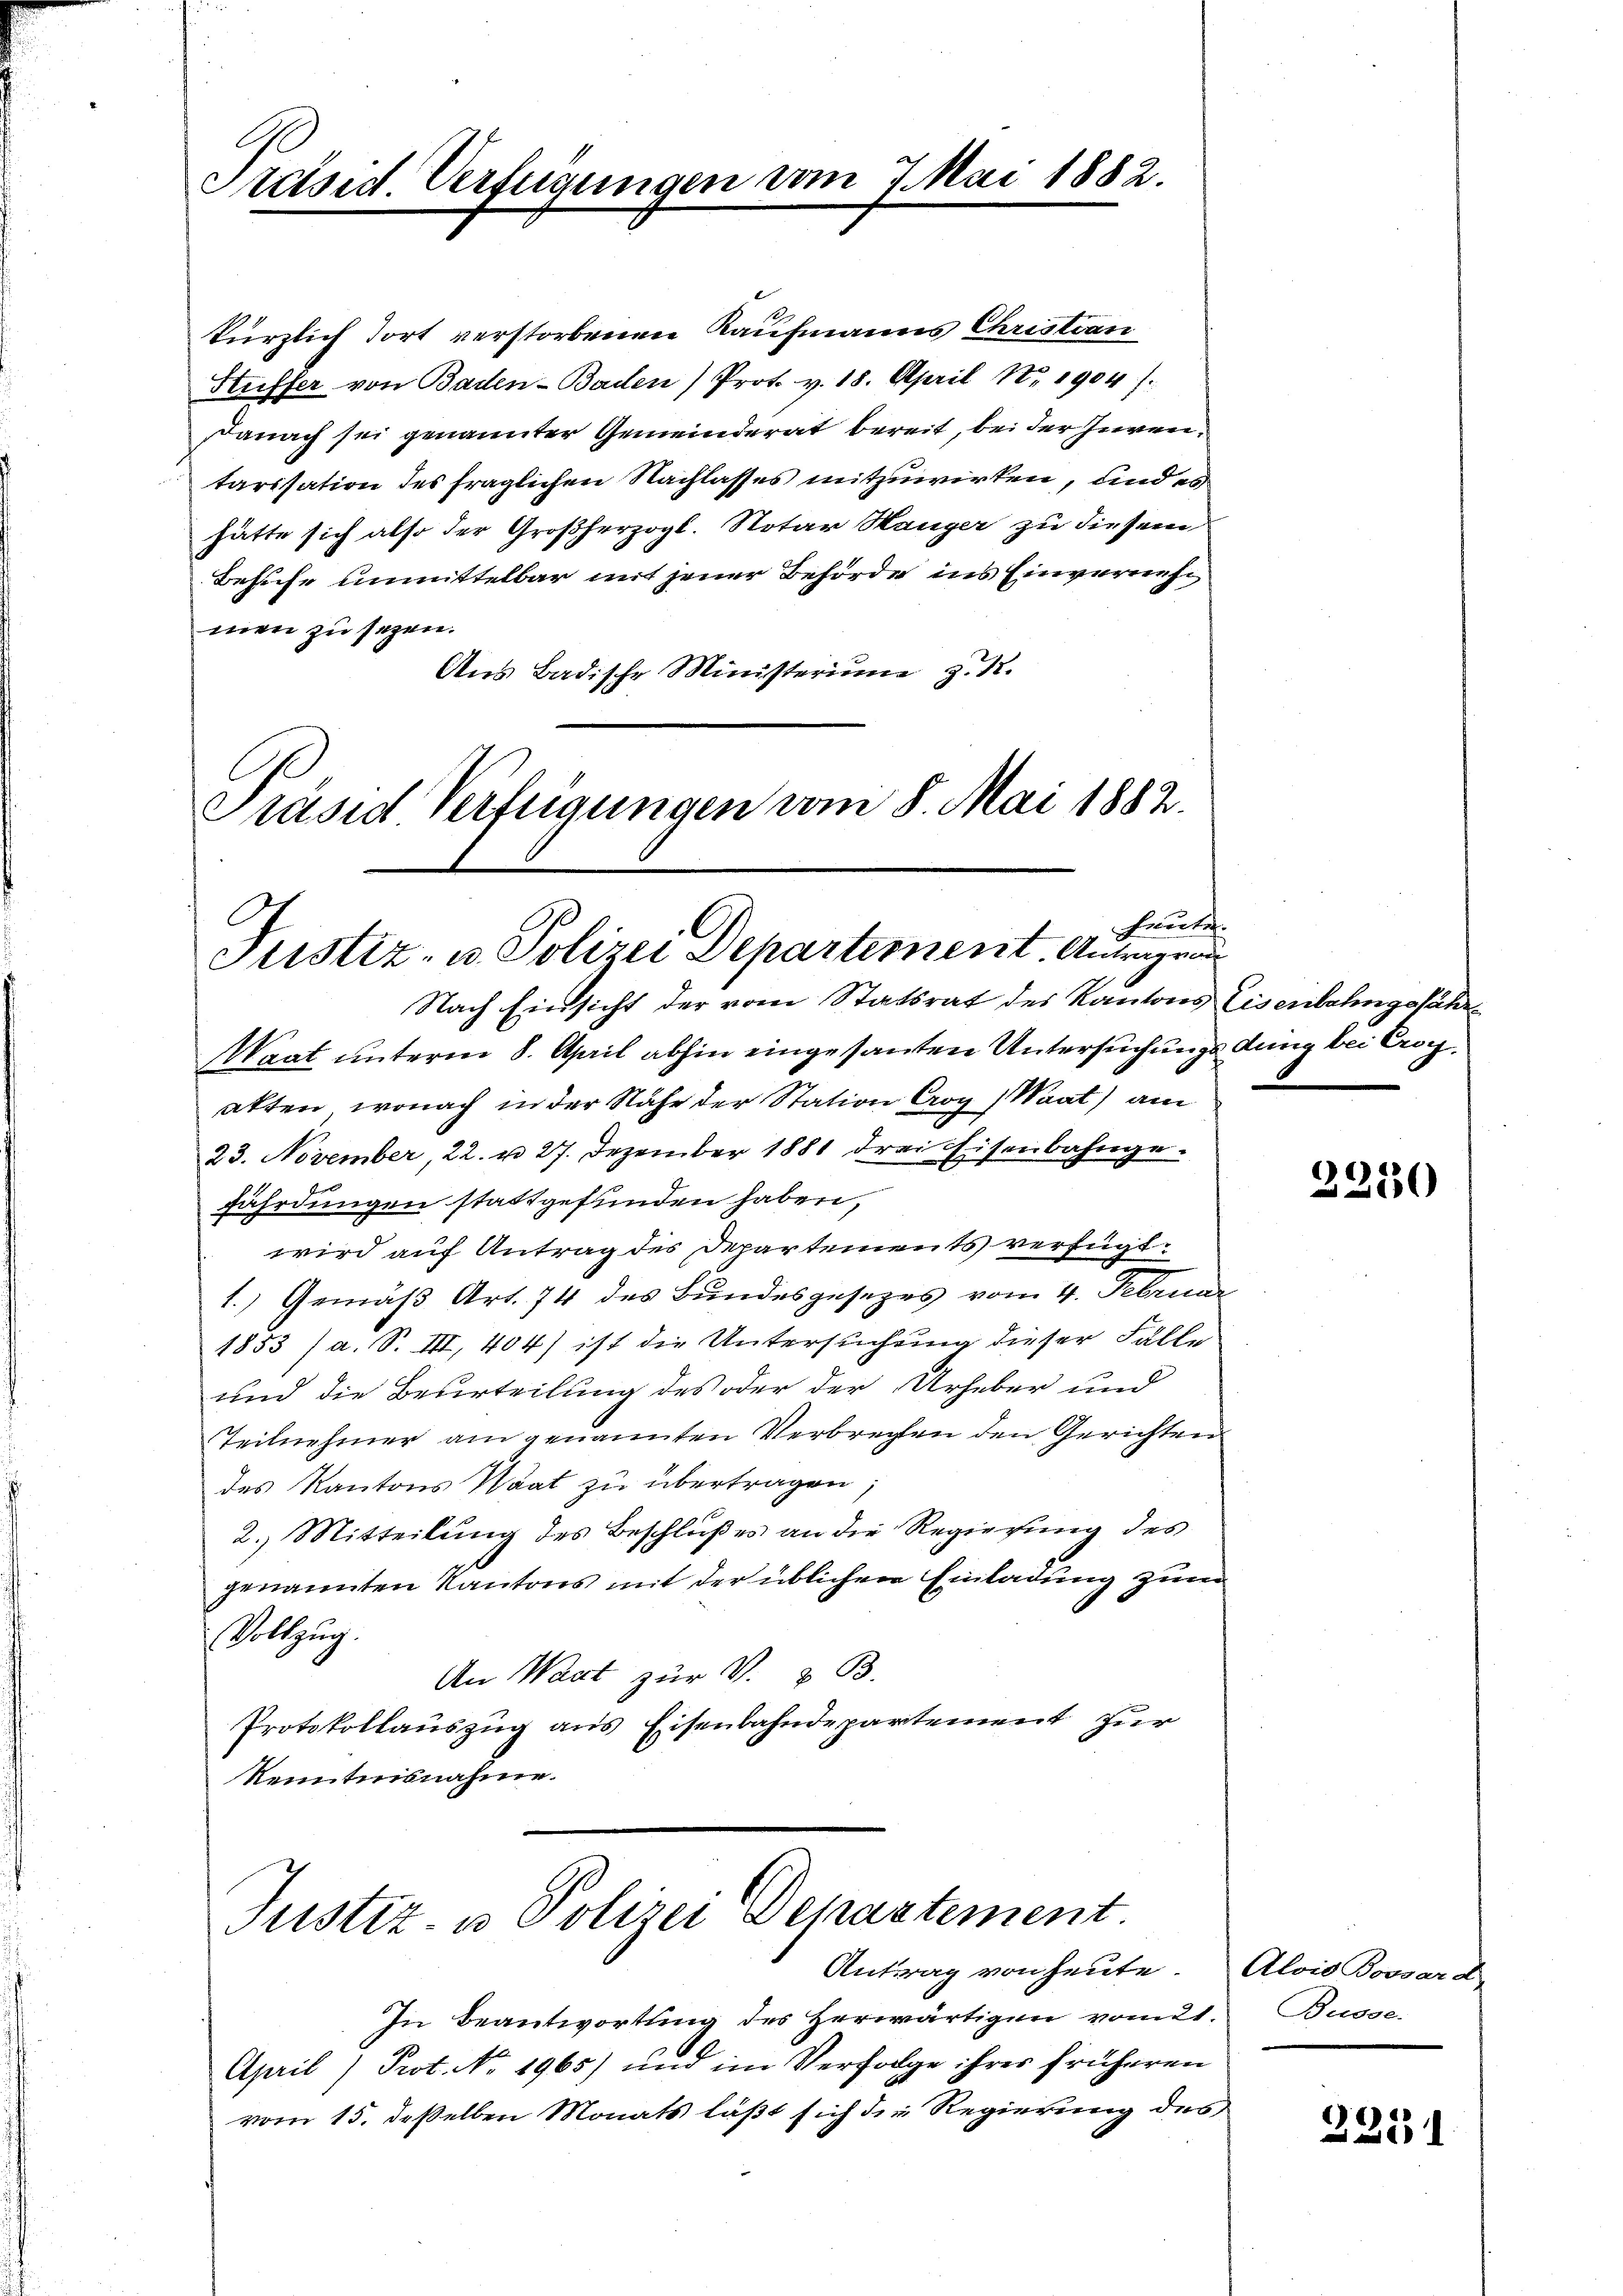
Preise Verfügungen vom 7. Mai 1882.

kürzlich fort verstorbenen Kaufmanns Christian
Steffer von Baden- Baden) Prot. v. 18. April Nr. 1904).
danach sei genannter Gemeinderat bereit, bei der Juren.
tarisation des fraglichen Nachlasses mitzuwirken, und es
hätte sich also der Großherzogl. Notar Hanger zu diesem
Besuche unmittelbar mit jener Behörde ins Einvernehmen zu sezen.
Aus Badische Ministerium zu 12.
Präsid Verfügungen vom 8. Mai 1882.

heute.
Justiz- u. Polizei Departement. Antragen
Nach Einsicht der vom Statsrat des Kantons Eisenbahngefähr¬

Justiz- u Polizei Departement.
Antrag von heute. Alois Bossard

Waat unterm 8. April abhin eingesanten Untersuchungs dung bei Crocakten, wonach in der Nähe der Station Croy (Waat) am
23. November, 22. u. 27. Dezember 1881 drei Eisenbahngefährdungen stattgefunden haben,
wird auf Antrag des Departements verfügt:
1.) Gemäß Art. 74 des Bundesgesezes vom 4. Februar
1853 / a. S. III, 404) ist die Untersuchung dieser Fälle
und die Beurteilung des oder der Urheber und
teilnehmer am genannten Verbrechten den Gerichten
des Kantons Staat zu übertragen,
2. Mitteilung des Beschlußes an die Regierung des
genannten Kantons mit der üblichen Einladung zum
Vollzug.
An Wart zur V. & B.
Protokollauszug aus Eisenbahndepartement zur
Kenntnisnahme.

In Beantwortung des Herwärtigen vomut.
April) Prot. No. 1965) und im Verfolge ihres früheren
vom 15. deßelben Monats läßt sich die Regierung des

2230

Busse.

2251